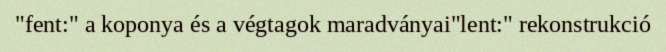
"fent:" a koponya és a végtagok maradványai"lent:" rekonstrukció